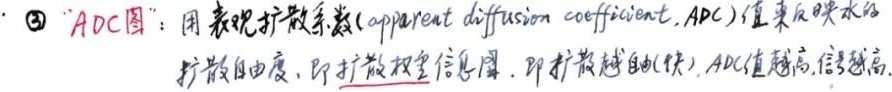
\textcircled{3} “ADC图”：用表观扩散系数（apparent diffusion coefficient, ADC）值来反映水的扩散自由度，即扩散权重信息图，即扩散越自由(快)，ADC值越高，信号越高。